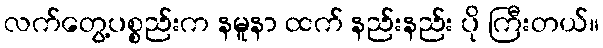
လက်တွေ့ပစ္စည်းက နမူနာ ထက် နည်းနည်း ပို ကြီးတယ်။